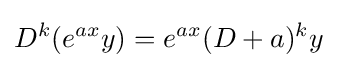
D^{k}(e^{ax}y)=e^{ax}(D+a)^{k}y